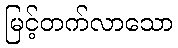
မြင့်တက်လာသော